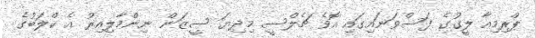
ޕްރިމިއާ ލީގުގެ ފަސްވަނައިގައި އޮވެ ޗެލްސީ މިދިޔަ ސީޒަން ނިންމާލިއިރު އެ ކްލަބުގެ